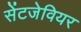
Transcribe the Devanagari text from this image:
सेंटजेवियर